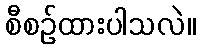
စီစဉ်ထားပါသလဲ။